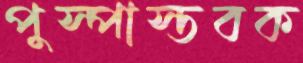
পুস্পাস্তবক